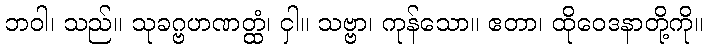
ဘဝါ၊ သည်။ သုခဂ္ဗဟဏတ္ထံ၊ ငှါ။ သဗ္ဗာ၊ ကုန်သော။ ဧတာ၊ ထိုဝေဒနာတို့ကို။